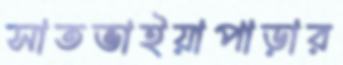
সাতভাইয়াপাড়ার